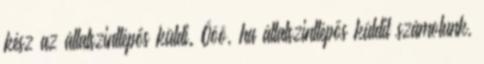
kész az állatszintlépős küldi. Ööö, ha állatszintlépős küldit számolunk,